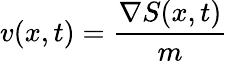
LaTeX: v(x,t)={\frac{\nabla S(x,t)}{m}}